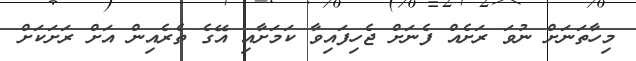
މިހާތަނަށް ނުވަ ރަށެއް ފެނަށް ޖެހިފައިވާ ކަމަށާއި އޭގެ ތެރެއިން އަށް ރަށަކަށް